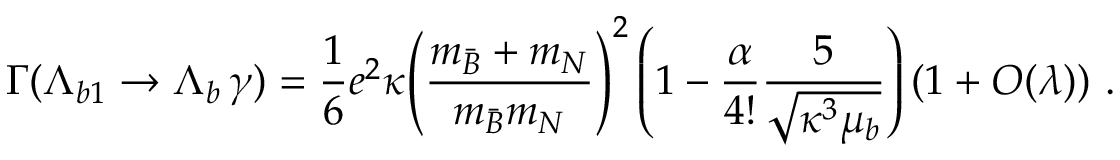
\Gamma ( \Lambda _ { b 1 } \to \Lambda _ { b } \, \gamma ) = { \frac { 1 } { 6 } } e ^ { 2 } \kappa { \left( \frac { m _ { \bar { B } } + m _ { N } } { m _ { \bar { B } } m _ { N } } \right) ^ { 2 } } \left( 1 - { \frac { \alpha } { 4 ! } } { \frac { 5 } { \sqrt { \kappa ^ { 3 } \mu _ { b } } } } \right) \left( 1 + { \cal O } ( \lambda ) \right) \, .